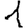
Digit: 1